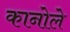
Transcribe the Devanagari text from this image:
कानोले